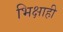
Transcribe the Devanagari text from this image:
भिक्षाही